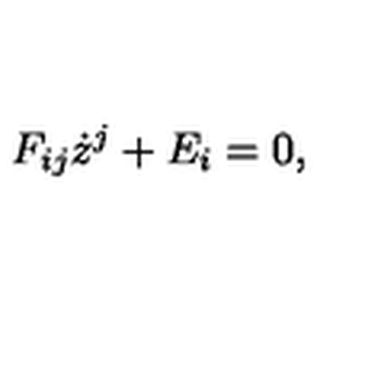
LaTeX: F _ { i j } \dot { z } ^ { j } + E _ { i } = 0 ,